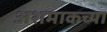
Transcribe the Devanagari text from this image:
अशमाकच्या